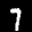
Label: 7